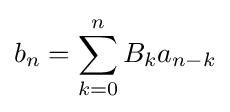
b_{n}=\sum _{k=0}^{n}B_{k}a_{n-k}